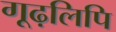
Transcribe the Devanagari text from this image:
गूढ़लिपि